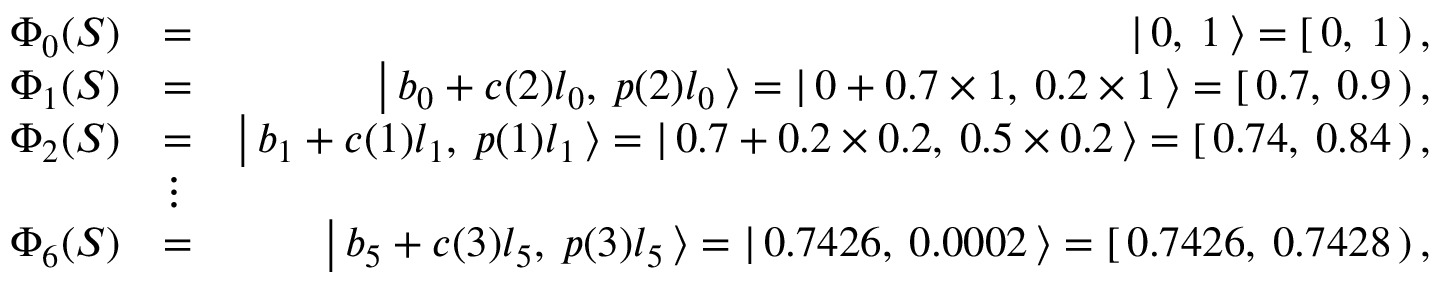
\begin{array} { r l r } { \Phi _ { 0 } ( S ) } & { = } & { \left| \, { 0 , \: 1 } \, \right\rangle = \left[ \, { 0 , \: 1 } \, \right) , } \\ { \Phi _ { 1 } ( S ) } & { = } & { \left| \, { b _ { 0 } + c ( 2 ) l _ { 0 } , \: p ( 2 ) l _ { 0 } } \, \right\rangle = \left| \, { 0 + 0 . 7 \times 1 , \: 0 . 2 \times 1 } \, \right\rangle = \left[ \, { 0 . 7 , \: 0 . 9 } \, \right) , } \\ { \Phi _ { 2 } ( S ) } & { = } & { \left| \, { b _ { 1 } + c ( 1 ) l _ { 1 } , \: p ( 1 ) l _ { 1 } } \, \right\rangle = \left| \, { 0 . 7 + 0 . 2 \times 0 . 2 , \: 0 . 5 \times 0 . 2 } \, \right\rangle = \left[ \, { 0 . 7 4 , \: 0 . 8 4 } \, \right) , } \\ & { \vdots } & \\ { \Phi _ { 6 } ( S ) } & { = } & { \left| \, { b _ { 5 } + c ( 3 ) l _ { 5 } , \: p ( 3 ) l _ { 5 } } \, \right\rangle = \left| \, { 0 . 7 4 2 6 , \: 0 . 0 0 0 2 } \, \right\rangle = \left[ \, { 0 . 7 4 2 6 , \: 0 . 7 4 2 8 } \, \right) , } \end{array}